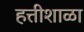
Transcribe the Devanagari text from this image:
हत्तीशाळा